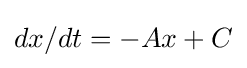
dx/dt=-Ax+C